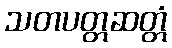
သတပတ္တဆတ္တံ